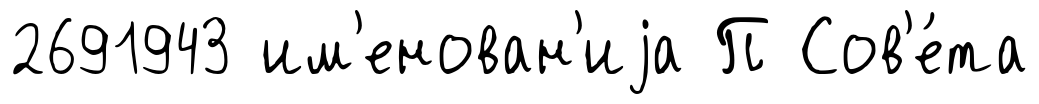
2691943 им'енован'иjа П Сов'е́та